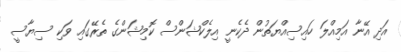
އަދި އޭނާ އަމިއްލަ ހައިސިއްޔަތުން ދެކެނީ އިލެކްޝަންސް ކޮމިޝަންގެ ތެރޭގައި ވަކި ސިޔާސީ